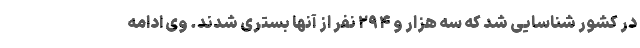
در کشور شناسایی شد که سه هزار و ۲۹۴ نفر از آنها بستری شدند. وی ادامه